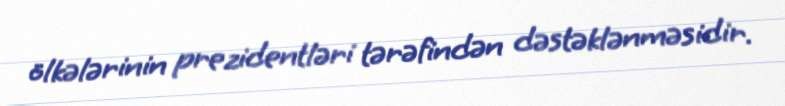
ölkələrinin prezidentləri tərəfindən dəstəklənməsidir.